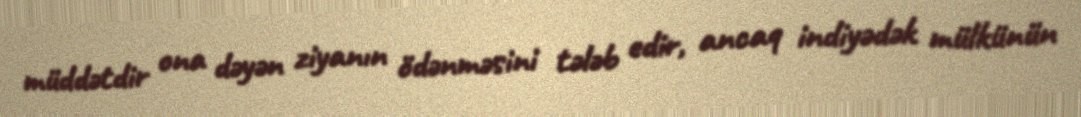
müddətdir ona dəyən ziyanın ödənməsini tələb edir, ancaq indiyədək mülkünün